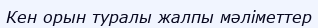
Кен орын туралы жалпы мәліметтер